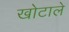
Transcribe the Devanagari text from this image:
खोटाले